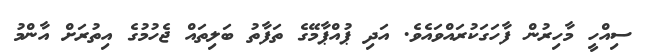
ސިއްހީ މާހިރުން ފާހަގަކުރައްވައެވެ. އަދި ޕުއްޕާމޭގެ ތަފާތު ބަލިތައް ޖެހުމުގެ އިތުރަށް އާންމު